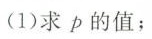
(1)求p的值；